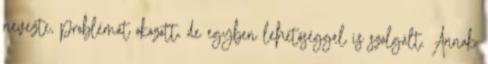
nevezte, problémát okozott, de egyben lehetőséggel is szolgált. Annak